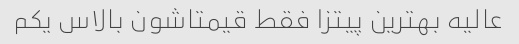
عالیه بهترین پیتزا فقط قیمتاشون بالاس یکم